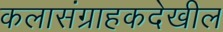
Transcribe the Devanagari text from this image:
कलासंग्राहकदेखील